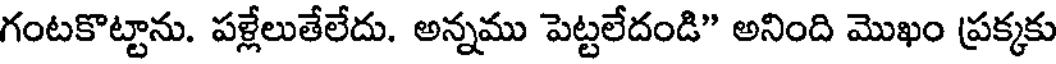
గంటకొట్టాను. పళ్లేలుతేలేదు. అన్నము పెట్టలేదండి" అనింది మొఖం ప్రక్కకు